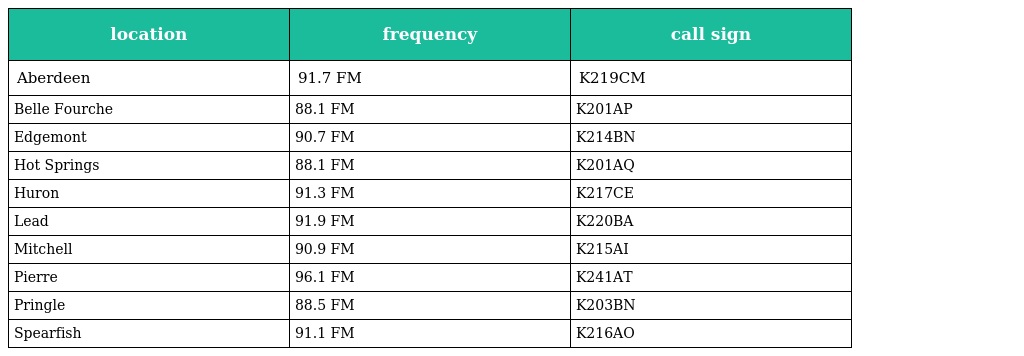
| location | frequency | call sign |
 | --- | --- | --- |
 | Aberdeen | 91.7 FM | K219CM |
 | Belle Fourche | 88.1 FM | K201AP |
 | Edgemont | 90.7 FM | K214BN |
 | Hot Springs | 88.1 FM | K201AQ |
 | Huron | 91.3 FM | K217CE |
 | Lead | 91.9 FM | K220BA |
 | Mitchell | 90.9 FM | K215AI |
 | Pierre | 96.1 FM | K241AT |
 | Pringle | 88.5 FM | K203BN |
 | Spearfish | 91.1 FM | K216AO |